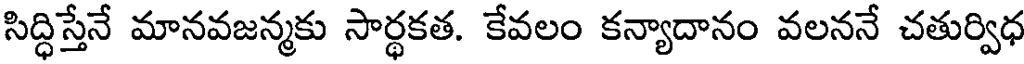
సిద్ధిస్తేనే మానవజన్మకు సార్థకత. కేవలం కన్యాదానం వలననే చతుర్విధ